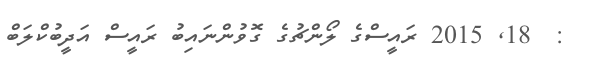
:  18